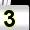
Digit: 3